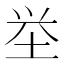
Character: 𮰡